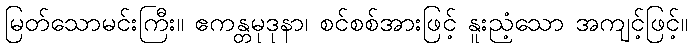
မြတ်သောမင်းကြီး။ ဧကန္တမုဒုနာ၊ စင်စစ်အားဖြင့် နူးညံ့သော အကျင့်ဖြင့်။